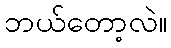
ဘယ်တော့လဲ။